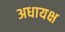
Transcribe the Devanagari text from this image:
अधायक्ष